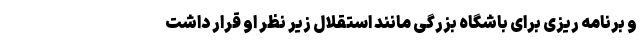
و برنامه ریزی برای باشگاه بزرگی مانند استقلال زیر نظر او قرار داشت